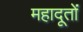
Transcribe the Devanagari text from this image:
महादूतों